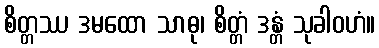
စိတ္တဿ ဒမထော သာဓု၊ စိတ္တံ ဒန္တံ သုခါဝဟံ။